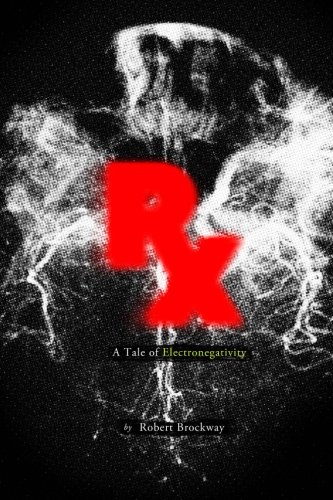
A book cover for Rx: A Tale of Electronegativity; Robert Brockway; Science Fiction & Fantasy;